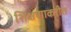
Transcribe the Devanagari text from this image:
शिक्षणाकरीत